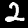
Digit: 2